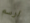
ارسم